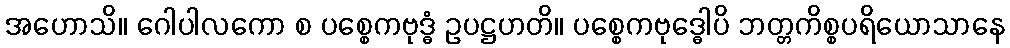
အဟောသိ။ ဂေါပါလကော စ ပစ္စေကဗုဒ္ဓံ ဥပဋ္ဌဟတိ။ ပစ္စေကဗုဒ္ဓေါပိ ဘတ္တကိစ္စပရိယောသာနေ